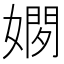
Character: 𫱢